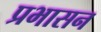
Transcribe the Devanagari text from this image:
प्रभासन